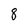
Character: 8